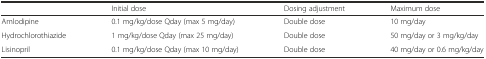
<table><thead><tr><td></td><td><b>Initial dose</b></td><td><b>Dosing adjustment</b></td><td><b>Maximum dose</b></td></tr></thead><tbody><tr><td>Amlodipine</td><td>0.1 mg/kg/dose Qday (max 5 mg/day)</td><td>Double dose</td><td>10 mg/day</td></tr><tr><td>Hydrochlorothiazide</td><td>1 mg/kg/dose Qday (max 25 mg/day)</td><td>Double dose</td><td>50 mg/day or 3 mg/kg/day</td></tr><tr><td>Lisinopril</td><td>0.1 mg/kg/dose Qday (max 10 mg/day)</td><td>Double dose</td><td>40 mg/day or 0.6 mg/kg/day</td></tr></tbody></table>